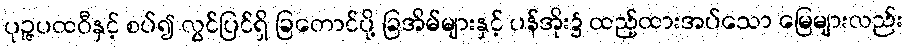
ပုဉ္ဇပထဝီနှင့် စပ်၍ လွင်ပြင်ရှိ ခြတောင်ပို့ ခြအိမ်များနှင့် ပန်အိုး၌ ထည့်ထားအပ်သော မြေများလည်း